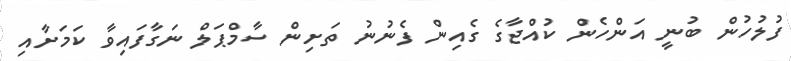
ފުލުހުން ބުނީ އަންހެން ކުއްޖާގެ ގެއިން ފެނުނު ތަށިން ސާމްޕަލް ނަގާފައިވާ ކަމަށާއި